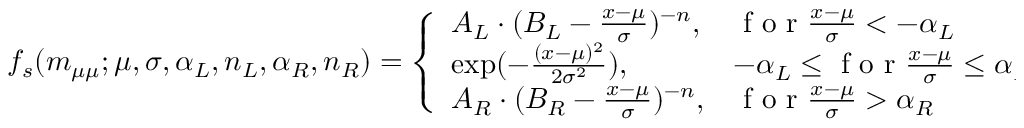
f _ { s } ( \ensuremath { m _ { \mu \mu } } ; \mu , \sigma , \alpha _ { L } , n _ { L } , \alpha _ { R } , n _ { R } ) = \left\{ \begin{array} { l l } { A _ { L } \cdot ( B _ { L } - \frac { x - \mu } { \sigma } ) ^ { - n } , } & { \mathrm { ~ f ~ o ~ r ~ } \frac { x - \mu } { \sigma } < - \alpha _ { L } } \\ { \exp ( - \frac { ( x - \mu ) ^ { 2 } } { 2 \sigma ^ { 2 } } ) , } & { - \alpha _ { L } \leq \mathrm { ~ f ~ o ~ r ~ } \frac { x - \mu } { \sigma } \leq \alpha _ { R } } \\ { A _ { R } \cdot ( B _ { R } - \frac { x - \mu } { \sigma } ) ^ { - n } , } & { \mathrm { ~ f ~ o ~ r ~ } \frac { x - \mu } { \sigma } > \alpha _ { R } } \end{array} \right. ,